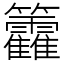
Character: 籱